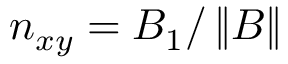
n _ { x y } = B _ { 1 } / \left\Vert \boldsymbol { B } \right\Vert